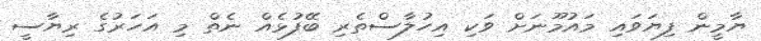
ޔާމީން ފިޔަވައި މައުމޫނަށް ވަކި އިހުލާސްތެރި ބޭފުޅެއް ނެތް މި އަހަރުގެ ރިޔާސީ